Lunatic asylums in Bengal annual reports 1899-1911 - 1899-1911
Year: 1899
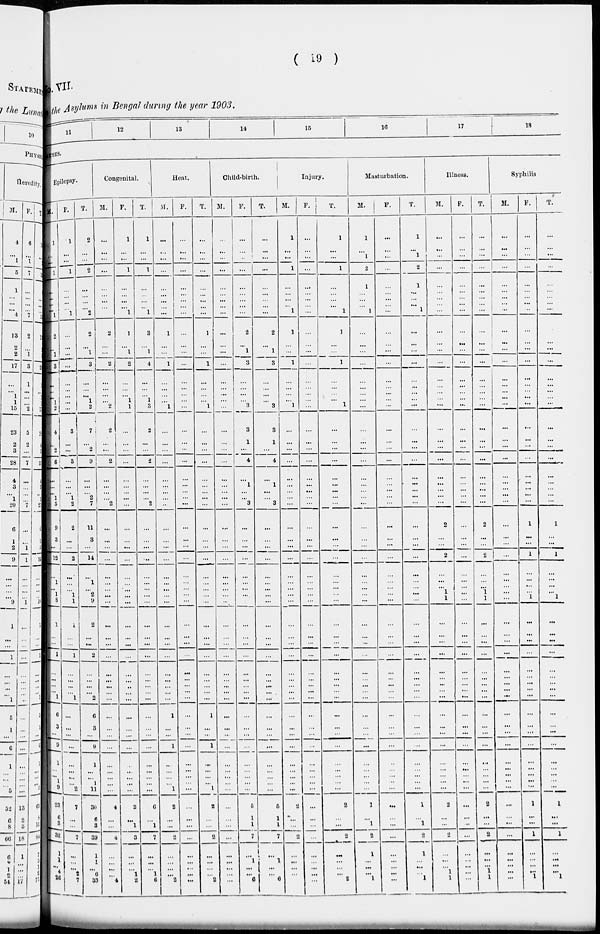
( 19 )
VII.
the Asylums in Bengal during the year 1903.
11
12
13
14
15
16
17
18
SES.
Epilpsy.
M.
1
...
...
1
...
...
...
...
1
2
...
1
3
...
...
...
1
2
4
...
2
6
...
...
...
1
5
9
3
...
12
...
1
...
1
8
1
...
...
1
...
...
...
...
1
6
3
...
9
1
...
...
1
9
23
6
3
32
1
1
...
4
26
F.
1
...
...
1
...
...
...
...
1
...
...
...
...
...
...
...
...
...
3
...
...
3
...
...
...
1
2
2
...
...
2
...
...
...
1
1
1
...
...
1
...
...
...
...
1
...
...
...
...
...
...
...
...
2
7
...
....
7
...
...
...
2
7
T.
2
...
...
2
...
...
...
...
2
2
...
1
3
...
...
...
1
2
7
...
2
9
...
...
... 2
7
11
3
...
14
...
1
...
2
9
2
...
...
2
...
...
...
...
2
6
3
...
9
1
...
...
1
11
30
6
3
39
1
1
...
6
33
Congenital.
M.
...
...
...
...
...
...
...
...
...
2
...
...
2
...
...
...
...
2
2
...
...
2
...
...
...
...
2
...
...
...
...
...
...
...
...
...
...
...
...
...
...
...
...
...
...
...
...
...
...
...
...
...
...
...
4
...
...
4
...
...
...
...
4
F.
1
...
...
1
...
...
...
...
1
1
...
1
2
...
...
...
1
1
...
...
...
...
...
...
...
...
...
...
...
...
...
...
...
...
...
...
...
...
...
...
...
...
...
...
...
...
...
...
...
...
...
...
...
...
2
...
1
3
...
...
...
1
2
T.
1
...
...
1
...
...
...
...
1
3
...
1
4
...
...
...
1
3
2
...
...
2
...
...
...
...
2
...
...
...
..
...
...
...
...
...
...
...
...
...
...
...
...
...
...
...
...
...
...
...
...
...
...
...
6
...
1
7
...
...
...
1
6
Heat.
M.
...
...
...
...
...
...
...
...
...
1
...
...
1
...
...
...
...
1
...
...
...
...
...
...
...
...
...
...
...
...
...
...
...
...
...
...
...
...
...
...
...
...
...
...
...
1
...
...
1
...
...
...
...
1
2
...
...
2
...
...
...
...
2
F.
...
...
...
...
...
...
...
...
...
...
...
...
...
...
...
...
...
...
...
...
...
...
...
...
...
...
...
...
...
...
...
...
...
...
...
...
...
...
...
...
...
...
...
...
...
...
...
...
...
...
...
...
...
...
...
...
...
...
...
...
...
...
...
T.
...
...
...
...
...
...
...
...
...
1
...
...
1
...
...
...
...
1
...
...
...
...
...
...
... ...
...
...
...
...
...
...
...
...
...
...
...
...
...
...
...
...
...
...
...
1
...
...
1
...
...
...
...
1
2
...
...
2
...
...
...
...
2
Child-birth.
M.
...
...
...
...
...
...
...
...
...
...
...
...
...
...
...
...
...
...
...
...
...
...
...
...
...
...
...
...
...
...
...
...
...
...
...
...
...
...
...
...
...
...
...
...
...
...
...
...
...
...
...
...
...
...
...
...
...
...
...
...
...
...
...
F.
...
...
...
...
...
...
...
...
...
2
...
1
3
...
...
...
...
3
3
1
...
4
... ...
...
...
3
...
...
...
...
...
...
...
...
...
...
...
...
...
...
...
...
...
...
...
...
...
...
...
...
...
...
...
5
1
1
7
...
1
...
...
6
T.
...
...
...
...
...
...
...
...
...
2
...
1
3
...
...
...
...
3
3
1
...
4
... ...
...
...
3
...
...
...
...
...
...
...
...
...
...
...
...
...
...
...
...
...
...
...
...
...
...
...
...
...
...
...
5
1
1
7
...
1
...
...
6
Injury.
M.
1
...
...
1
...
...
...
...
1
1
...
...
1
...
...
...
...
1
...
...
...
...
...
...
...
...
...
...
...
...
...
...
...
...
...
...
...
...
...
...
...
...
...
...
...
...
...
...
...
...
...
...
...
...
2
...
...
2
...
...
...
...
2
F.
...
...
...
...
...
...
...
...
...
...
...
...
...
...
...
...
...
...
...
...
...
...
...
...
...
...
...
...
...
...
...
...
...
...
...
...
...
...
...
...
...
...
...
...
...
...
...
...
...
...
...
...
...
...
...
...
...
...
...
...
...
...
...
T.
1
...
...
1
...
...
...
...
1
1
...
...
1
...
...
...
...
1
...
...
...
...
...
...
...
...
...
...
...
...
...
...
...
...
...
...
...
...
...
...
...
...
...
...
...
...
...
...
...
...
...
...
...
...
2
...
...
2
...
...
...
...
2
Masturbation.
M.
1
...
1
2
1
...
...
...
1
...
...
...
...
...
...
...
...
...
...
...
...
...
...
...
...
...
...
...
...
...
...
...
...
...
...
...
...
...
...
...
...
...
...
...
...
...
...
...
...
...
...
...
...
...
1
...
1
2
1
...
...
...
1
F.
...
...
...
...
...
...
...
...
...
...
...
...
...
...
...
...
...
...
...
...
...
...
...
...
...
...
...
...
...
...
...
...
...
...
...
...
...
...
...
...
...
...
...
...
...
...
...
...
...
...
...
...
...
...
...
...
...
...
...
...
...
...
...
T.
1
...
1
2
1
...
...
...
1
...
...
...
...
...
...
...
...
...
...
...
...
...
...
...
...
...
...
...
...
...
...
...
...
...
...
...
...
...
...
...
...
...
...
...
...
...
...
...
...
...
...
...
1
...
1
2
1
...
...
...
1
Illness.
M.
...
...
...
...
...
...
...
...
...
...
...
...
...
...
...
...
...
...
...
...
...
...
...
...
...
...
...
2
...
...
2
...
...
...
...
1
...
...
...
...
...
...
...
...
...
...
...
...
...
...
...
...
...
...
2
...
...
2
...
...
...
1
1
F.
...
...
...
...
...
...
...
...
...
...
...
...
...
...
...
...
...
...
...
...
...
...
...
...
...
...
...
...
...
...
...
...
...
...
...
...
...
...
...
...
...
...
...
...
...
...
...
...
...
...
...
...
...
...
...
...
...
...
...
...
...
...
...
T.
...
...
...
...
...
...
...
...
...
...
...
...
...
...
...
...
...
...
...
...
...
...
...
...
...
...
...
2
...
...
2
...
...
...
...
1
...
...
...
...
...
...
...
...
...
...
...
...
...
...
...
...
...
...
2
...
...
2
...
...
...
1
1
Syphilis
M.
...
...
...
...
...
...
...
...
...
...
...
...
...
...
...
...
...
...
...
...
...
...
...
...
...
...
...
...
...
...
...
...
...
...
...
...
...
...
...
...
...
...
...
...
...
...
...
...
...
...
...
...
...
...
...
...
...
...
...
...
...
...
...
F.
...
...
...
...
...
...
...
...
...
...
...
...
...
...
...
...
...
...
...
...
...
...
...
...
...
...
...
1
...
...
1
...
...
...
...
1
...
...
...
...
...
...
...
...
...
...
...
...
...
...
...
...
...
...
1
...
...
1
...
...
...
...
1
T.
...
...
...
...
...
...
...
...
...
...
...
...
...
...
...
...
...
...
...
...
...
...
...
...
...
...
...
1
...
...
1
...
...
...
...
1
...
...
...
...
...
...
...
...
...
...
...
...
...
...
...
...
...
...
1
...
...
1
...
...
...
...
1